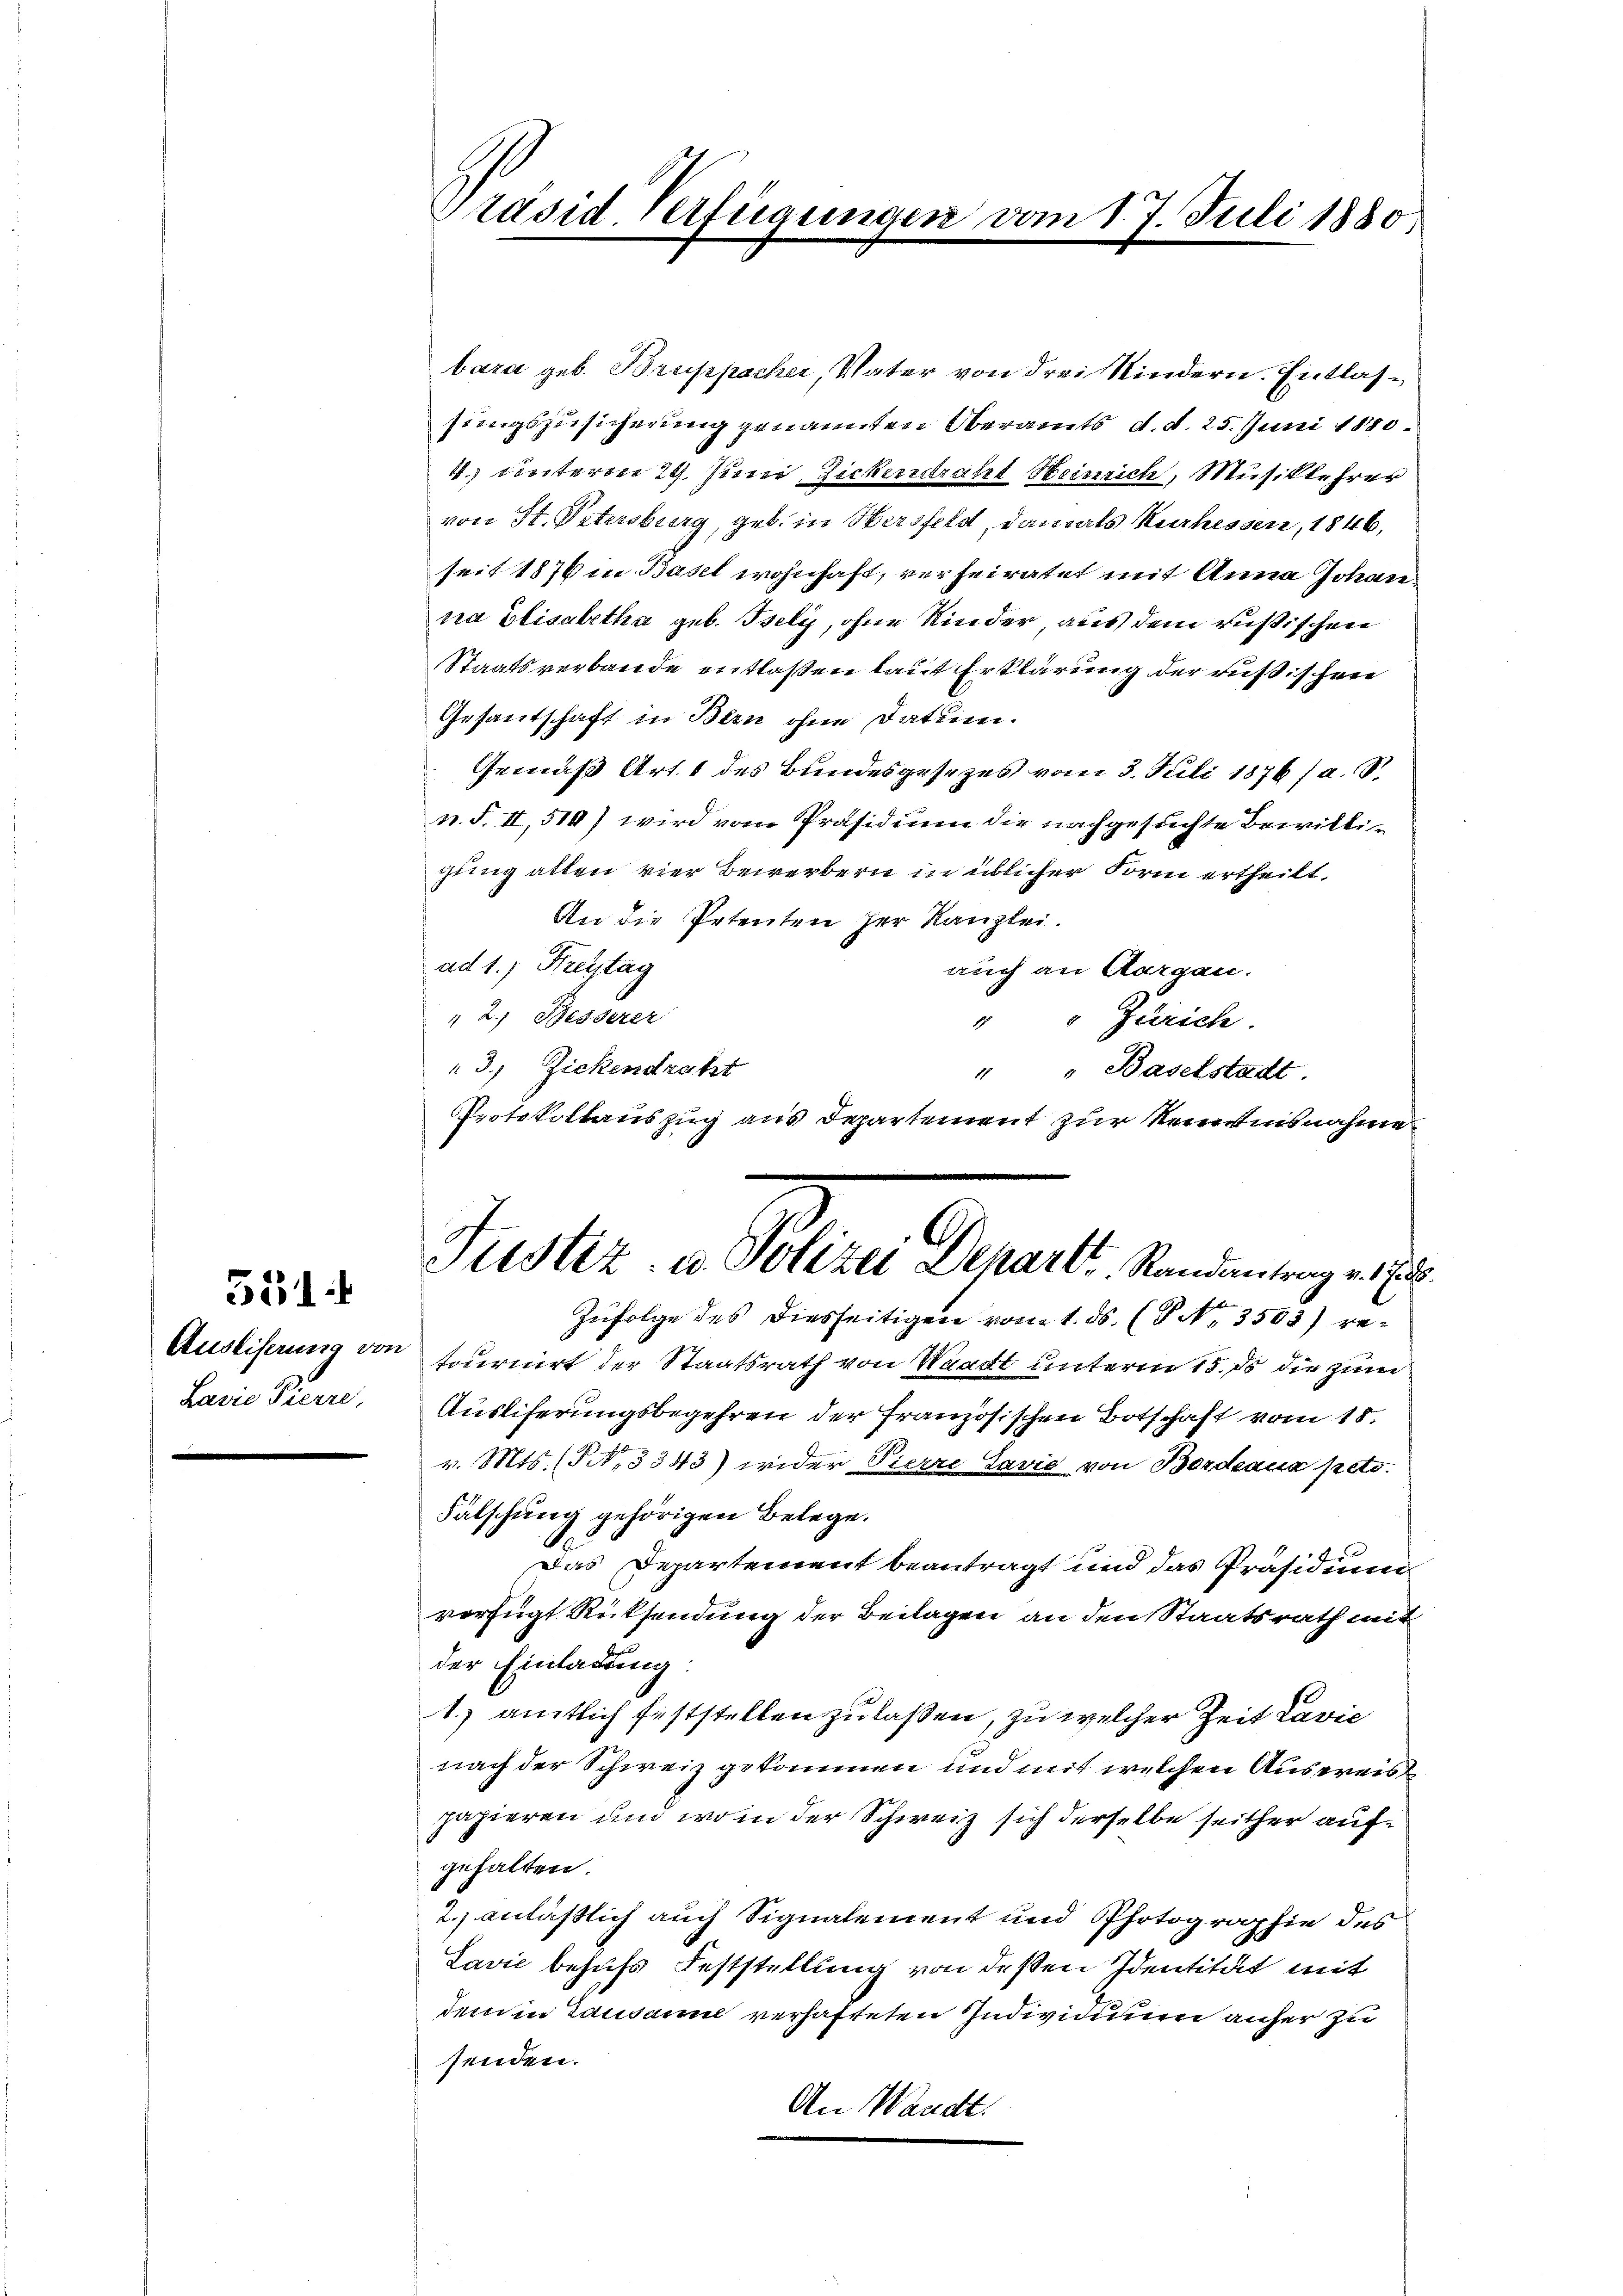
551.
Ausliferung von
Lasre Pierre

Präsid-Verfügungen

bara geb. Bruppacher Vater von drei Kindern. Entlassungszusicherung genannten Oberamts, d. d. 25. Juni 1880.
4.) Seiteren 29. Juni, Zickerdraht Heinrich, Musiklehrer
von St. Petersburg, geb. in Hersfeld, damals Kurhessen, 1846,
seit 1876 in Basel wohnhaft, verheiratet mit Anna Johanna Elisabetha geb. Isely, ohne Kinder, aus dem russischen
Staatsverbande entlaßen laut Erklärung der russischen
Gesantschaft in Bern ohne Datum.
Gemäß Art. 1 des Bundesgesezes vom 3. Juli 1876 / a. S.
n. F. II, 510) wird vom Präsidium die nachgesuchte Bewilligung allen vier Bewerbern in üblicher Form ertheilt,
An die Petenten der Kanzlei.
ad 1., Freytag
auch an Aargau.
 2.) Besserer
" " Zürich.
3) Zickendraht
" " Baselstadt.
Protokollauszug aus Departement zur Kenntnisnahme

17. Juli 1880

Justiz- u. Polizei Depart Randantrag v. 175.
Zufolge des diesseitigen vom 1. ds. (V No. 3503) re¬

toernirt der Staatsrath von Waadt unterm 15. die zum
Ausliferungsbegehren der Französischen Botschaft vom 18.
v. Mts. (S. 3343) wider Pierre Lavie von Bordeaux peto.
Fälschung gehörigen Belege.
Das Departement beantragt und das Präsidiumverfügt Rücksendung der Beilagen an den Staatsrath mit
der Einladung:
1.) amtlich feststellen zu laßen, zu welcher Zeit Lavić
nach der Schweiz gekommen und mit welchen Auspreispapieren und wo in der Schweiz sich derselbe seither auf
gehalten
2.) anläßlich auch Signalement und Photographie des
Lavić behufs Feststellung von deßen Identität mit
dem in Lausanne verhafteten Individuum anher zu
senden.
An Waadt.